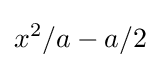
x^{2}/a-a/2